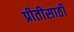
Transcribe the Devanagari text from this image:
प्रीतीसाठी